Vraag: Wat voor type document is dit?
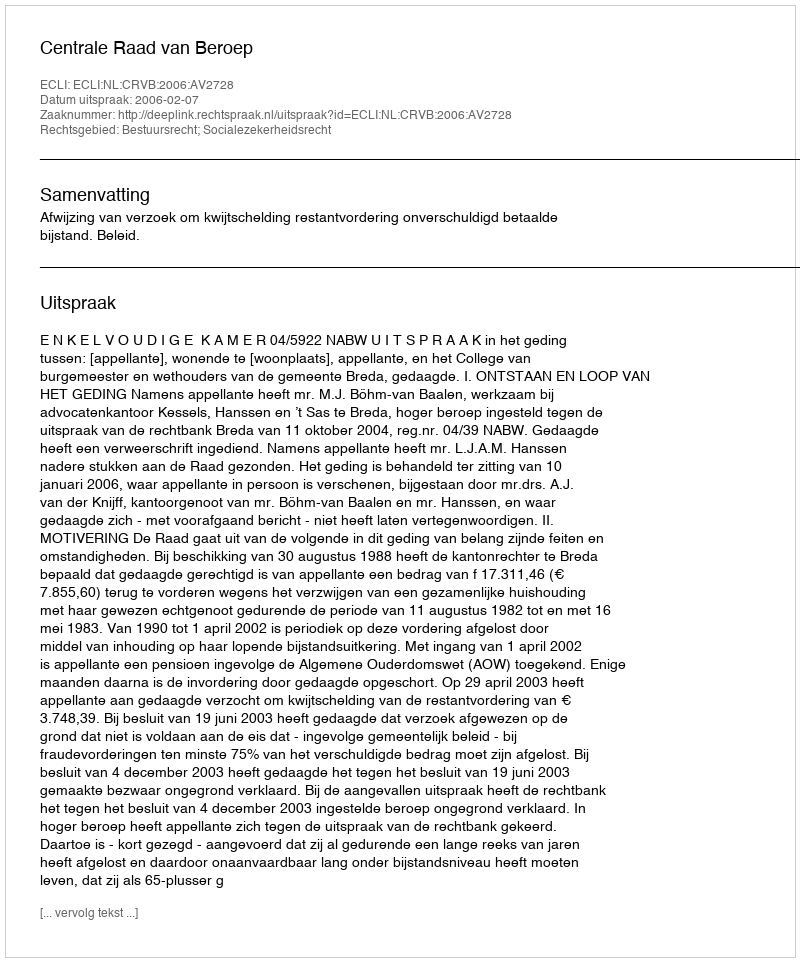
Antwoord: Uitspraak